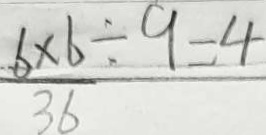
\frac { 6 \times 6 } { 3 6 } \div 9 = 4